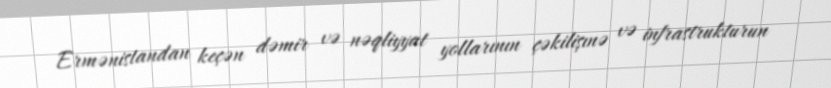
Ermənistandan keçən dəmir və nəqliyyat yollarının çəkilişınə və infrastrukturun